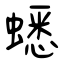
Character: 蟋